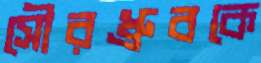
সৌরধ্রুবকে